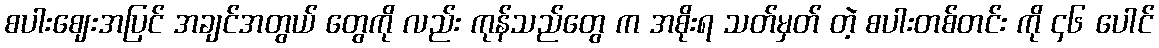
စပါးဈေးအပြင် အချင်အတွယ် တွေကို လည်း ကုန်သည်တွေ က အစိုးရ သတ်မှတ် တဲ့ စပါးတစ်တင်း ကို ၄၆ ပေါင်